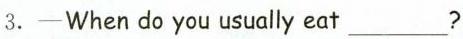
3.-When do you usually eat ___?